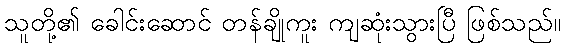
သူတို့၏ ခေါင်းဆောင် တန်ချိုကူး ကျဆုံးသွားပြီ ဖြစ်သည်။